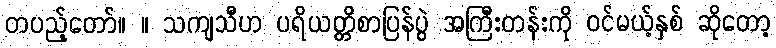
တပည့်တော်။ ။ သကျသီဟ ပရိယတ္တိစာပြန်ပွဲ အကြီးတန်းကို ဝင်မယ့်နှစ် ဆိုတော့